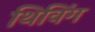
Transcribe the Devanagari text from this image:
थिविंग